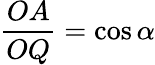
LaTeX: {\frac{OA}{OQ}}=\cos\alpha